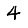
Digit: 4